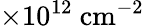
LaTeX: \times 10^{12}~\textrm{cm}^{-2}